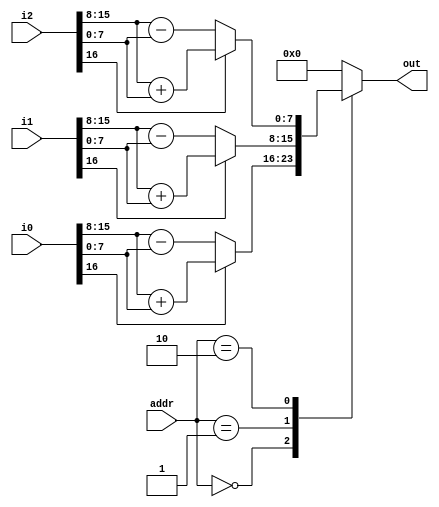
`timescale 1ns / 1ps
//////////////////////////////////////////////////////////////////////////////////
// Company: 
// Engineer: 
// 
// Design Name: 
// Module Name: addsub
// Project Name: 
// Target Devices: 
// Tool Versions: 
// Description: 
// 
// Dependencies: 
// 
// Revision:
// Revision 0.01 - File Created
// Additional Comments:
// 
//////////////////////////////////////////////////////////////////////////////////


module addsub(
        input [16:0] i0,
        input [16:0] i1,
        input [16:0] i2,
        input [1:0] addr,
        output reg [7:0] out
    );
    always @* begin
        case(addr)
            0: 
                begin
                    if(i0[16]) begin out = i0[15:8] + i0[7:0]; end
                    else begin out = i0[15:8] - i0[7:0]; end
                end
            1: 
                begin
                    if(i1[16]) begin out = i1[15:8] + i1[7:0]; end
                    else begin out = i1[15:8] - i1[7:0]; end
                end
            2:
                begin
                    if(i2[16]) begin out = i2[15:8] + i2[7:0]; end
                    else begin out = i2[15:8] - i2[7:0]; end
                end
            default: begin out = 0; end
        endcase
    end
endmodule

//module addsub(
//        input [7:0] a_i,
//        input [7:0] b_i,
//        input mode,
//        output [7:0] out
//    );
//    assign out = mode ? a_i+b_i : a_i-b_i;
//endmodule